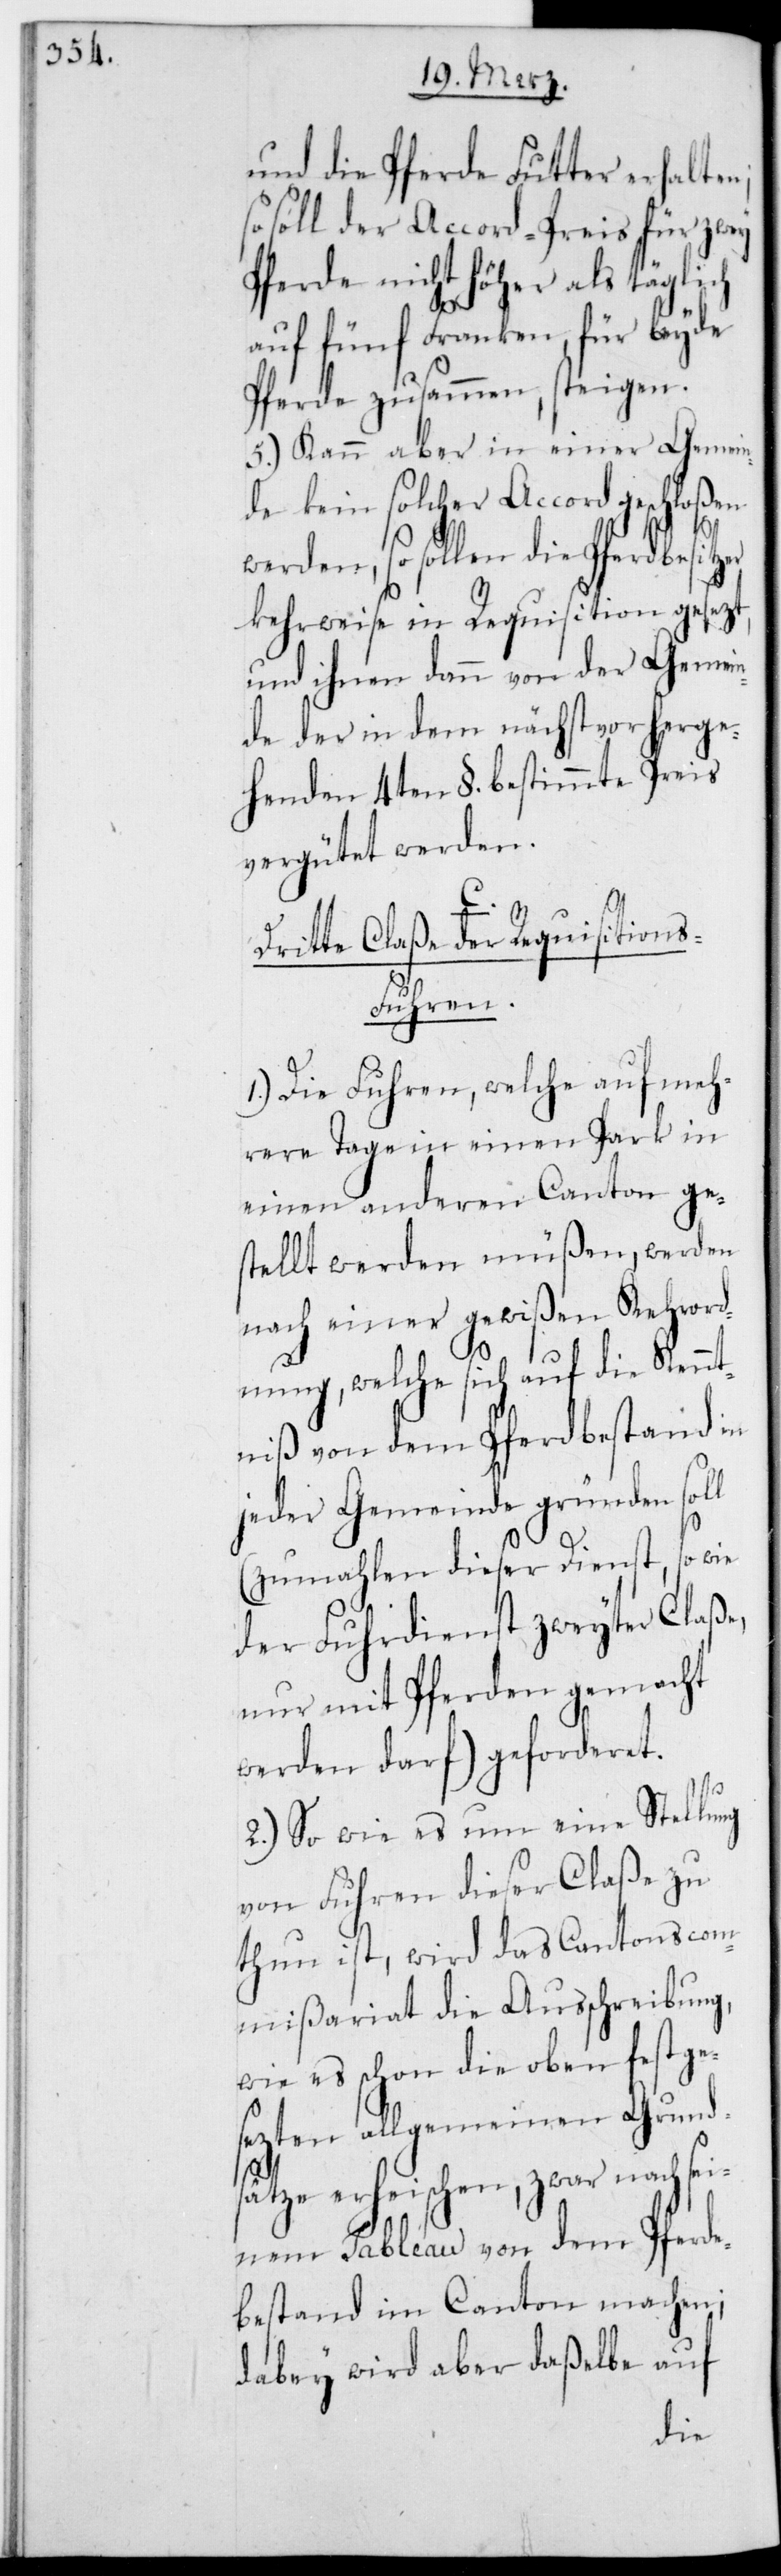
und die Pferde Futter erhalte¬
soll der Accord-Preis für zwey
Pferde nicht höher als täglich
so
auf fünf Franken für beyde
Pferde zusammen steigen.
5.) Kann aber in einer Gemein¬
de kein solcher Accord geschloßen
n,
werden, so sollen die Pferdbesitzer
kehrweise in Requisition gesezt,
und ihnen dann von der Gemei¬
nde der in dem nächst vorherge¬
henden 4ten §. bestimmte Preis
vergütet werden.
Dritte Claße der Requisitions¬
fuhren.
1.) Die Fuhren, welche auf meh¬
rere Tage in einen Park in
einen anderen Canton ge¬
stellt werden müßen, werden
nach einer gewißen Kehrord¬
nung, welche sich auf die Kennt¬
niß von dem Pferdbestand in
jeder Gemeinde gründen soll
(zumahlen dieser Dienst, so wie
der Fuhrdienst zweyter Claße,
nur mit Pferden gemacht
werden darf) geforderet.
2.) So wie es um eine Stellung
von Fuhren dieser Claße zu
thun ist, wird das Cantonscom¬
mißariat die Ausschreibung,
wie es schon die oben festge¬
sezten allgemeinen Grund¬
sätze erheischen, zwar nach sei¬
nem Tableau von dem Pferde¬
bestand im Canton machen;
dabey wird aber daßelbe auf